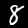
Digit: 8